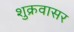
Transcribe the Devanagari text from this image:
शुक्रवासर